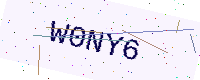
Text: W0NY6